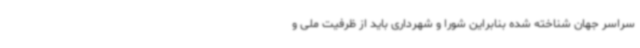
سراسر جهان شناخته شده بنابراین شورا و شهرداری باید از ظرفیت ملی و